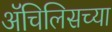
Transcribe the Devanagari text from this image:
ॲचिलिसच्या